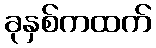
ခုနှစ်ကထက်